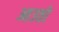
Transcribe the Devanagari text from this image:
आउतो